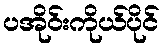
ပအိုဝ်းကိုယ်ပိုင်